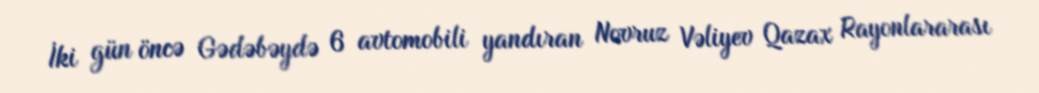
İki gün öncə Gədəbəydə 6 avtomobili yandıran Novruz Vəliyev Qazax Rayonlararası